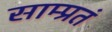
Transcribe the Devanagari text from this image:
साम्प्रतं